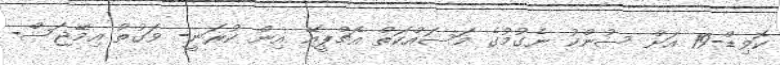
ކޮވިޑް-19 އަށް ސުންކު ނެގުމުގެ މަސައްކަތް އެޗްޕީއޭ އިން ކުރަނީ- ވަގުތު އިމޭޖަސް-